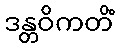
ဒန္တဝိကတိံ